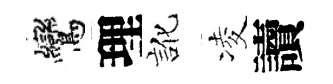
鸞理訛凌讀